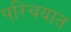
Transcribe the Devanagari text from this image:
परिचयात